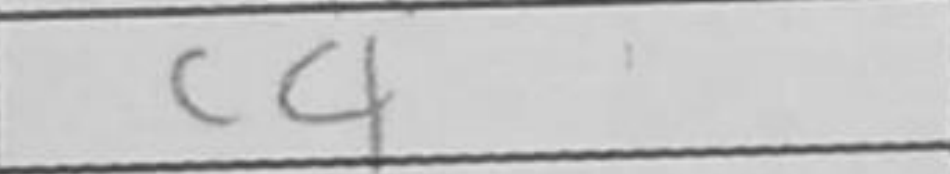
Transcription: c4